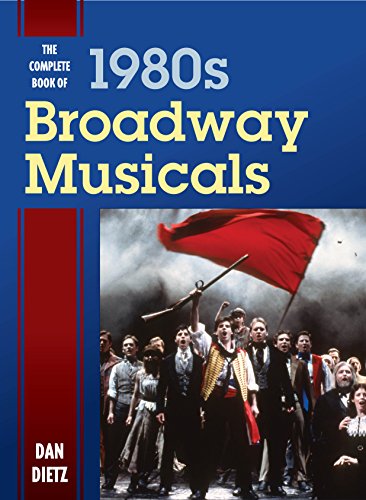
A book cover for The Complete Book of 1980s Broadway Musicals; Dan Dietz; Humor & Entertainment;